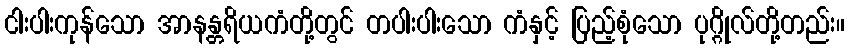
ငါးပါးကုန်သော အာနန္တရိယကံတို့တွင် တပါးပါးသော ကံနှင့် ပြည့်စုံသော ပုဂ္ဂိုလ်တို့တည်း။